Indian journal of veterinary science and animal husbandry - Volumes 26-27, 1956-1957
Year: 1956
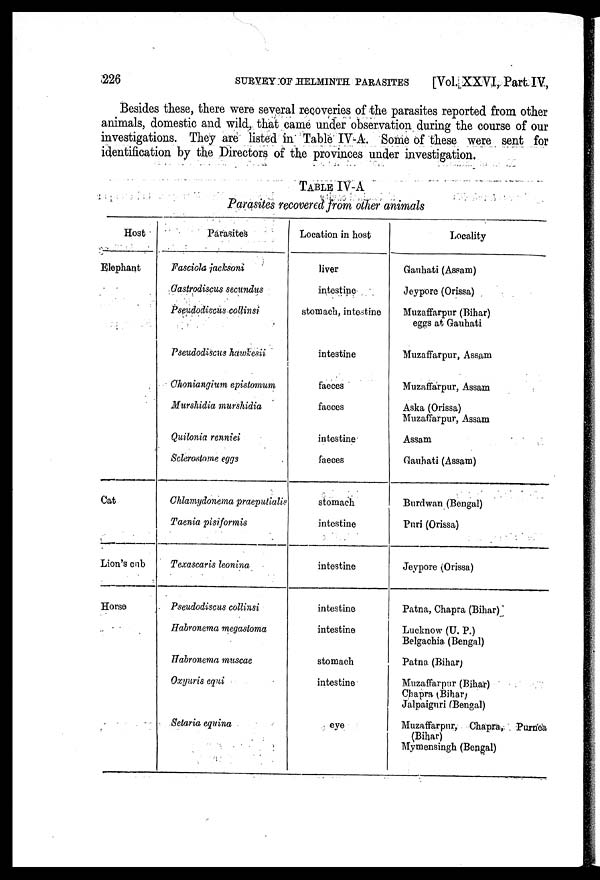
226
SURVEY OF HELMINTH PARASITES
[Vol. XXVI, Part IV,
Besides these, there were several recoveries of the parasites reported from other
animals, domestic and wild, that came under observation during the course of our
investigations. They are listed in Table IV-A. Some of these were sent for
identification by the Directors of the provinces under investigation.
TABLE IV-A
Parasites recovered from other animals
Host
Elephant
Cat
Lion's cub
Horse
Parasites
Fasciola jacksoni
Gastrodiscus secundus
Pseudodiscus collinsi
Pseudodiscus hawkesii
Choniangium epistomum
Murshidia murshidia
Quilonia renniei
Sclerostome eggs
Chlamydonema praeputialis
Taenia pisiformis
Texascaris leonina
Pseudodiscus collinsi
Habronema megastoma
Habronema muscae
Oxyuris equi
Setaria equina
Location in host
liver
intestine
stomach, intestine
intestine
faeces
faeces
intestine
faeces
stomach
intestine
intestine
intestine
intestine
stomach
intestine
eye
Locality
Gauhati (Assam)
Jeypore (Orissa)
Muzaffarpur (Bihar)
eggs at Gauhati
Muzaffarpur, Assam
Muzaffarpur, Assam
Aska (Orissa)
Muzaffarpur, Assam
Assam
Gauhati (Assam)
Burdwan (Bengal)
Puri (Orissa)
Jeypore (Orissa)
Patna, Chapra (Bihar)
Lucknow (U. P.)
Belgachia (Bengal)
Patna (Bihar)
Muzaffarpur (Bihar)
Chapra (Bihar)
Jalpaiguri (Bengal)
Muzaffarpur, Chapra, Purnea
(Bihar)
Mymensingh (Bengal)